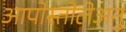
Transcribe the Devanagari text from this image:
आपोस्तोलेअनु